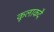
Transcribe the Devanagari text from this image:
कूलाकदै